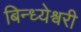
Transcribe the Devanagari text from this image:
बिन्ध्येश्वरी